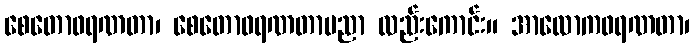
စေတောဖရဏတာ၊ စေတောဖရဏတာပညာ လည်းကောင်း။ အာလောကဖရဏတာ၊